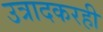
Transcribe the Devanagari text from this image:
उत्रादकरही